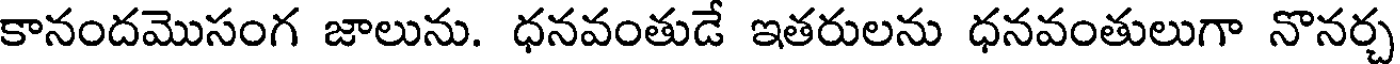
కానందమొసంగ జాలును. ధనవంతుడే ఇతరులను ధనవంతులుగా నొనర్చ